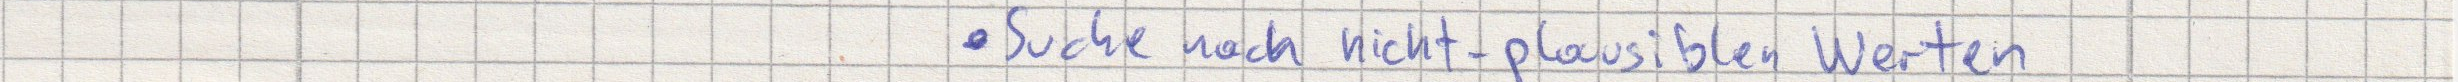
Suche nach nicht-plausiblen Werten